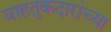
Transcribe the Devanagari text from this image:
वाहतुकदारांच्या